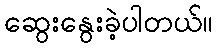
ဆွေးနွေးခဲ့ပါတယ်။